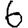
Digit: 6